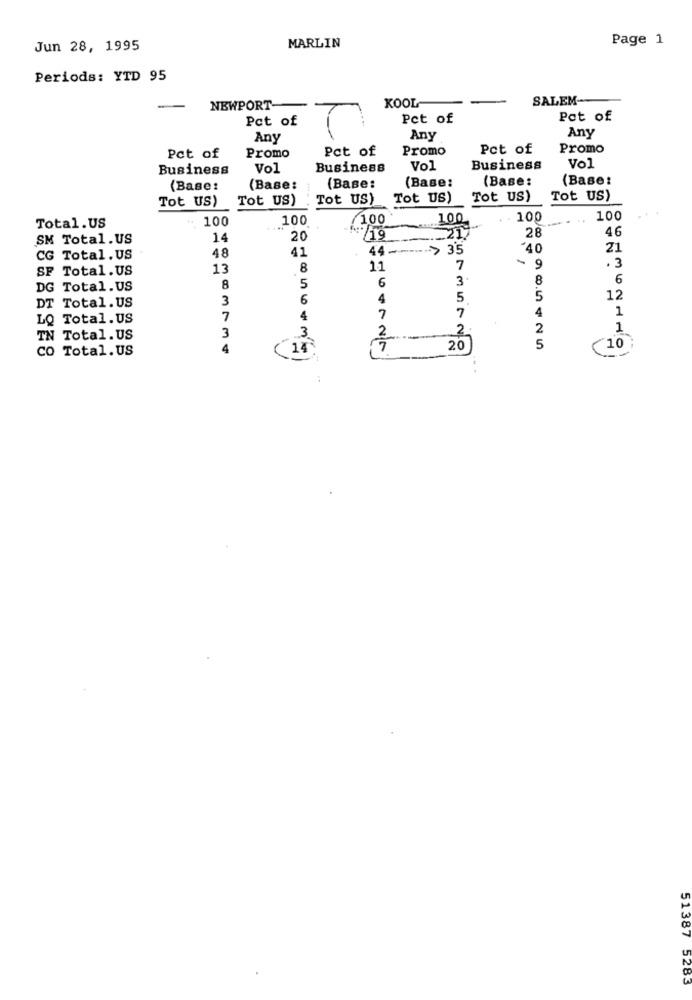
Page 1
Jun 28, 1995
MARLIN
Periods: YTD 95
SALEM-
-
NEWPORT
KOOL
Pct of
Pct of
Pot of
Any
Any
Any
Pct of
Promo
Pct of
Promo
Pct of
Promo
Business
Vol
Business
Vol
Business
Vol
(Base:
(Base:
(Base:
(Base:
(Base:
(Base:
Tot US)
Tot US)
Tot US)
Tot US)
Tot US)
Tot US)
100
100
100
100
100
100
Total.US
28
46
SM Total.US
14
20
/19
41
44-
> 35
40
21
CG Total.US
48
SF Total. US
13
8
11
7
9
3
6
3.
8
6
DG Total.US
8
5
DT Total. US
3
6
4
5
5
12
4
1
LQ Total. US
7
4
7
7
3
3
2
2 .
2
1
IN Total. US
CO Total.US
4
17
20
5
(10
44
:
51387 5283